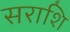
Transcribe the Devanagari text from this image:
सराशि